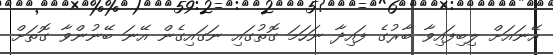
އޭނައަށް ލިބިފައިވާ ބާރުގެ ފައިދާ ނަހަމަ ގޮތުގައި ނަގައިގެން އޭނަ ބޭނުންވާ ގޮތަށް